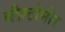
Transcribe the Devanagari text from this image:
ब्लैस्टोमीर